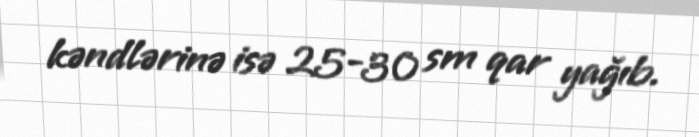
kəndlərinə isə 25-30 sm qar yağıb.